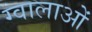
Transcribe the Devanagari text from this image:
ग्वालाओं